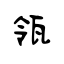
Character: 瓴